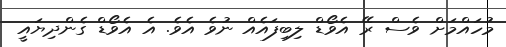
މުހައްމަށް ވެސް ރޭ އެވޯޑް ލިބިފައެއް ނުވެ އެެވެ. އެ އެވޯޑް ގެންދިޔައީ